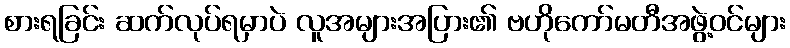
စားရခြင်း ဆက်လုပ်ရမှာပဲ လူအများအပြား၏ ဗဟိုကော်မတီအဖွဲ့ဝင်များ